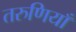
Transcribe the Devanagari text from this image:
तरुणियाँ